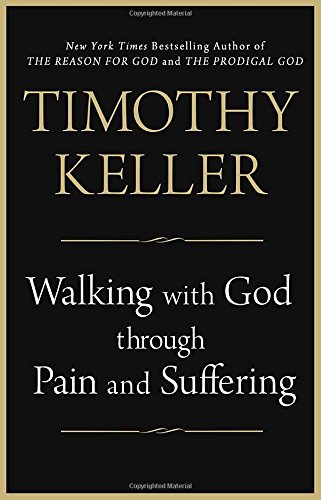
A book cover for Walking with God through Pain and Suffering; Timothy Keller; Christian Books & Bibles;